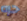
حره